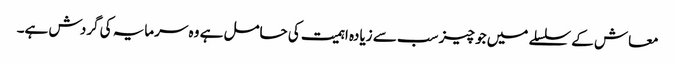
معاش کے سلسلے میں جو چیز سب سے زیادہ اہمیت کی حامل ہے وہ سرمایہ کی گردش ہے۔